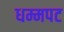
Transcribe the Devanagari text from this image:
धम्मपट